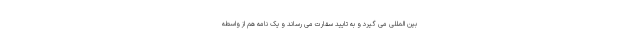
بین المللی می گیرد و به تایید سفارت می رساند و یک نامه هم از واسطه